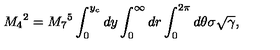
M _ { 4 } { } ^ { 2 } = M _ { 7 } { } ^ { 5 } \int _ { 0 } ^ { y _ { c } } d y \int _ { 0 } ^ { \infty } d r \int _ { 0 } ^ { 2 \pi } d \theta \sigma \sqrt { \gamma } ,